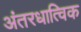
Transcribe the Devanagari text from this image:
अंतरधात्विक